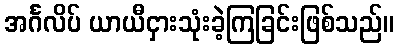
အင်္ဂလိပ် ယာယီငှားသုံးခဲ့ကြခြင်းဖြစ်သည်။